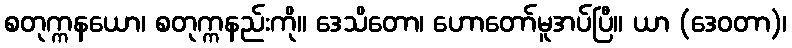
စတုက္ကနယော၊ စတုက္ကနည်းကို။ ဒေသိတော၊ ဟောတော်မူအပ်ပြီ။ ယာ (ဒေဝတာ)၊